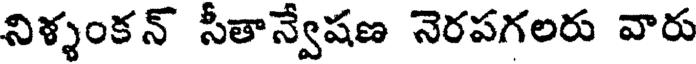
నిళ్ళంకన్ సీతాన్వేషణ నెరపగలరు వారు